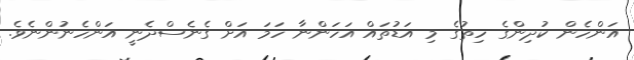
އަންހެން ކުދިންގެ ހިތުގެ މި އަޑުތައް އަހަންނާ ހަމަ އަށް ގެނެސްދެނީ އަންހެނުންނެވެ.